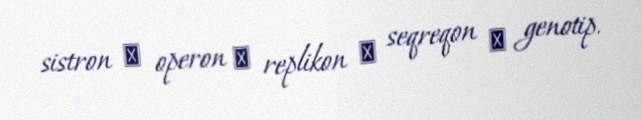
sistron → operon → replikon → seqreqon → genotip.